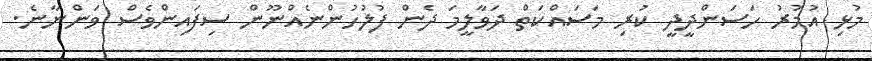
މުޅި އުމުރު ހަސަންދީދީ ކުރި މަސައްކަތް ދަވާލީމަ ދެން ފުލުހުންނެއްނޫން ސިފައިންވެސް ވަންނާނެ.